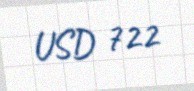
USD 722